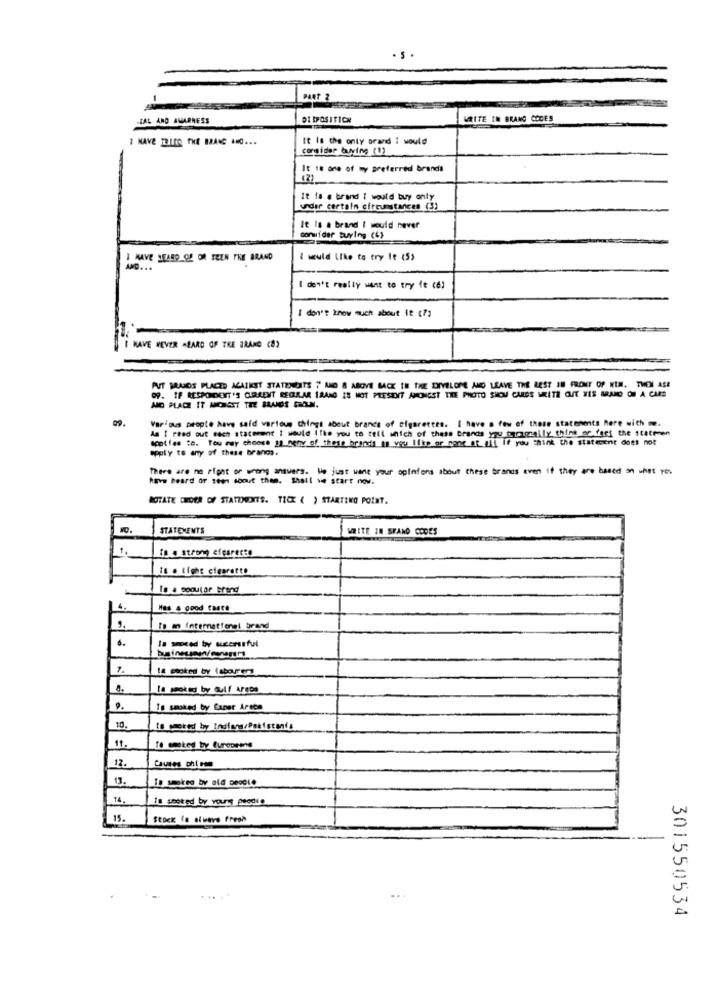
PART 3
CAL AND AWARNESS
DISPOSITION
WRITE IN BRAND COCES
# HAVE TOUTO THE BRAVE AMO ...
It Is the only orand i would
consider buying (1)
It 18 one of my preferred brandt
It is a brand i would buy only
under certain circumstances (3)
It Is a brand I would never
conwider turing (L)
I HAVE HEARD Of OR SEEN THE BRAND
I would like to try fe (5)
I don't really want to try fe (6)
I don't know much about it ( ?)
HAVE NEVER ALARD OF THE BRAND (8)
PUT BRAIDS PLACED ACATKST STATENSITS " AND & ABOVE BACK TH THE DIYELOME AND LEAVE THE BEST IN FRONT OF KIM. THEN ALE
09. IF RESPONDENT'S CURRENT RECURLAR 12ANG IS NOT PRESENT AMONGST THE PHOTO SHOW CARDS WRITE OUT HIS BRAND OU A CAS
Various people have said various things about brands of cigarettes. I have a few of these statements here with m.
As [ read out west statement I would like you to tell which of these brands you baciqually think or fget the state-en
spotfes :6. Tou ray choose 1) neav of these brandi as you like or none of all if you think the statecent does not
apply to any of these brands.
There are no right or wrong answers. Ne just were your opinions about these brands even if they are based on what you
have heard of seen shout than. Shall we start now.
ROTATE CHOER OF STATEMENTS. TICK ( ) STARTING POINT.
NO.
STATEMENTS
WHITE IN SPANO CODES
1.
ts . strong efcaresse
Is a tight cigarette
Is a sooutor brend
4.
Mas & good taste
To an international brand
la proced by uccmusful
1.
14 cooked by labourers
Is not by Gulf APODO
Is smoked by Canet Arten
10.
11.
Causes phi som
12.
13.
In smoked by ald Deocio
14.
18 sooted by yount peodie
15.
Stock la olwave fresh
301550534